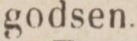
godsen.